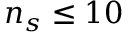
n _ { s } \leq 1 0